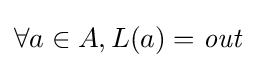
\forall a\in A,L(a)={\mathit {out}}